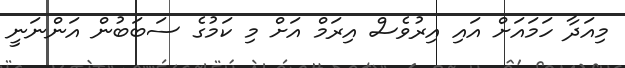
މިއަދާ ހަމައަށް އައި އިރުވެސް އިރަމް އަށް މި ކަމުގެ ސަބަބުން އަންނަނީ